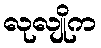
လုလျိုက